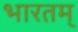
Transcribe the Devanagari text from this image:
भारतम्‌